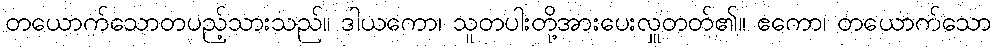
တယောက်သောတပည့်သားသည်။ ဒါယကော၊ သူတပါးတို့အားပေးလှူတတ်၏။ ဧကော၊ တယောက်သော